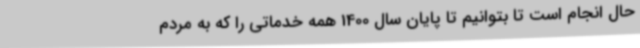
حال انجام است تا بتوانیم تا پایان سال 1400 همه خدماتی را که به مردم